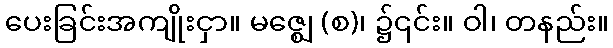
ပေးခြင်းအကျိုးငှာ။ မဇ္ဈေ (စ)၊ ၌၎င်း။ ဝါ၊ တနည်း။